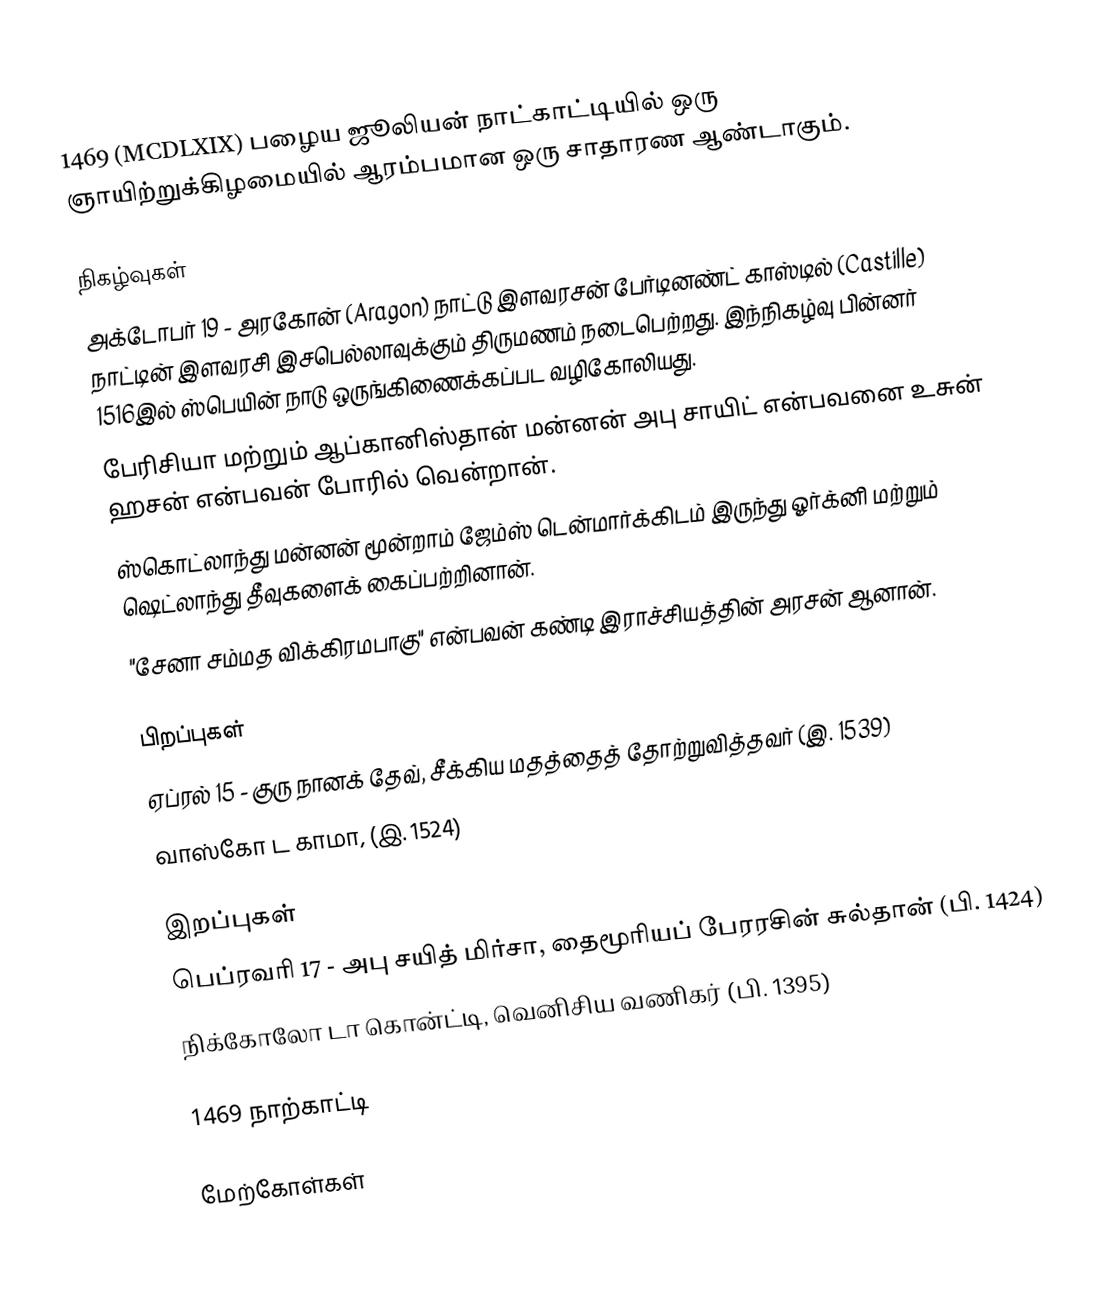
1469 (MCDLXIX) பழைய ஜூலியன் நாட்காட்டியில் ஒரு ஞாயிற்றுக்கிழமையில் ஆரம்பமான ஒரு சாதாரண ஆண்டாகும்.

நிகழ்வுகள்
 அக்டோபர் 19 - அரகோன் (Aragon) நாட்டு இளவரசன் பேர்டினண்ட் காஸ்டில் (Castille) நாட்டின் இளவரசி இசபெல்லாவுக்கும் திருமணம் நடைபெற்றது. இந்நிகழ்வு பின்னர் 1516இல் ஸ்பெயின் நாடு ஒருங்கிணைக்கப்பட வழிகோலியது.
 பேரிசியா மற்றும் ஆப்கானிஸ்தான் மன்னன் அபு சாயிட் என்பவனை உசுன் ஹசன் என்பவன் போரில் வென்றான்.
 ஸ்கொட்லாந்து மன்னன் மூன்றாம் ஜேம்ஸ் டென்மார்க்கிடம் இருந்து ஓர்க்னி மற்றும் ஷெட்லாந்து தீவுகளைக் கைப்பற்றினான்.
 "சேனா சம்மத விக்கிரமபாகு" என்பவன் கண்டி இராச்சியத்தின் அரசன் ஆனான்.

பிறப்புகள்
 ஏப்ரல் 15 - குரு நானக் தேவ், சீக்கிய மதத்தைத் தோற்றுவித்தவர் (இ. 1539)
 வாஸ்கோ ட காமா, (இ. 1524)

இறப்புகள்
 பெப்ரவரி 17 - அபு சயித் மிர்சா, தைமூரியப் பேரரசின் சுல்தான் (பி. 1424)
 நிக்கோலோ டா கொன்ட்டி, வெனிசிய வணிகர் (பி. 1395)

1469 நாற்காட்டி

மேற்கோள்கள்